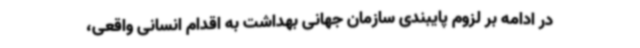
در ادامه بر لزوم پایبندی سازمان جهانی بهداشت به اقدام انسانی واقعی،